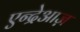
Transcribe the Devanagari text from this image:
एन्द्रेआज़